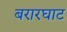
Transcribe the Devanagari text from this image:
बरारघाट